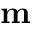
\mathbf { m }